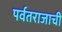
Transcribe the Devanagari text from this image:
पर्वतराजाची